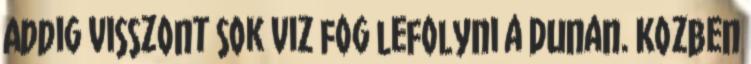
Addig visszont sok viz fog lefolyni a Dunan. Kozben